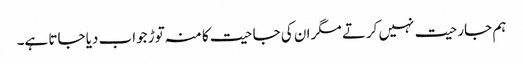
ہم جارحیت نہیں کرتے مگر ان کی جاحیت کا منہ توڑ جواب دیا جاتا ہے۔